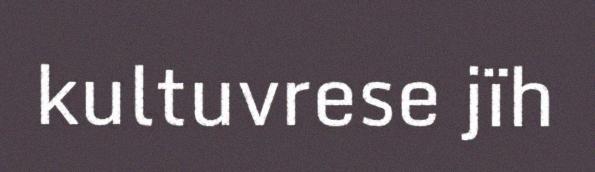
kultuvrese jïh